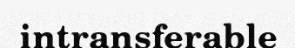
intransferable